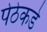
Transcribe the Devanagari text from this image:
पेठेकडे